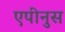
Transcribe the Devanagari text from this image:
एपीनुस